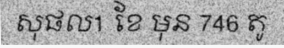
សុផល1 ខែ មុន 746 តូ